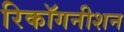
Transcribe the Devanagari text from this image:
रिकॉगनीशन